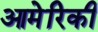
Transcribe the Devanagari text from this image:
आमेरिकी